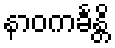
နာဝကင်္ခန္တိ